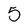
Character: 0